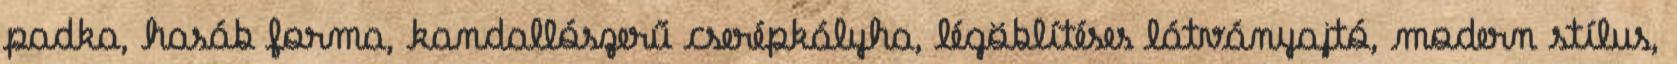
padka, hasáb forma, kandallószerű cserépkályha, légöblítéses látványajtó, modern stílus,